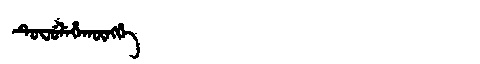
Manchu: ᡨᡠᠸᡠᠯᡝᡥᠠᡴᡡᠩᡤᡝ
Romanization: TUFULEHAKŪNGGE